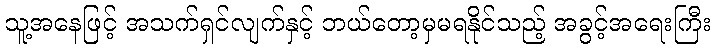
သူ့အနေဖြင့် အသက်ရှင်လျက်နှင့် ဘယ်တော့မှမရနိုင်သည့် အခွင့်အရေးကြီး